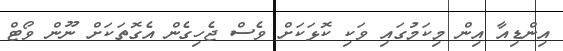
އިންޑިއާ އިން މިކަމުގައި ވަކި ކޮޅަކަށް ވެސް ޖެހިގެން އެގޮތަކަށް ނޫން ވޯޓް